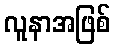
လူနာအဖြစ်